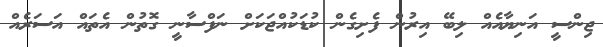
ޖިންސީ އަނިޔާއެއް ލިބޭ އިރުން ފެށިގެން ކުޑަކުއްޖަކަށް ނަފްސާނީ ގޮތުން އެތައް އަސަރެއް